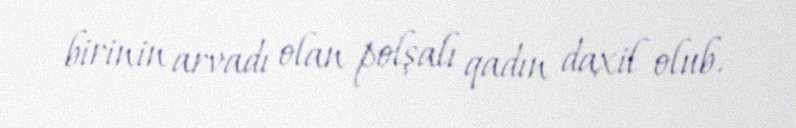
birinin arvadı olan polşalı qadın daxil olub.